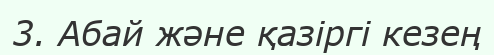
3. Абай және қазіргі кезең